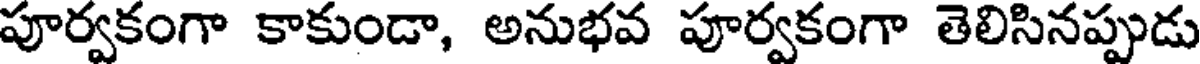
పూర్వకంగా కాకుండా, అనుభవ పూర్వకంగా తెలిసినప్పుడు